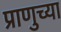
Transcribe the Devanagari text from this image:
प्राणुच्या